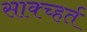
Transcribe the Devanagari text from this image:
साक्च्हर्त